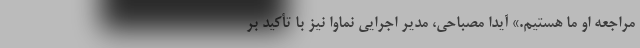
مراجعه او ما هستیم.» آیدا مصباحی، مدیر اجرایی نماوا نیز با تأکید بر